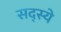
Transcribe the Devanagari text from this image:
सद्स्ये